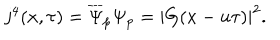
LaTeX: j ^ { 4 } ( x , \tau ) = \overline { { { \Psi } } } _ { p } \Psi _ { p } = \left| G ( x - u \tau ) \right| ^ { 2 } .